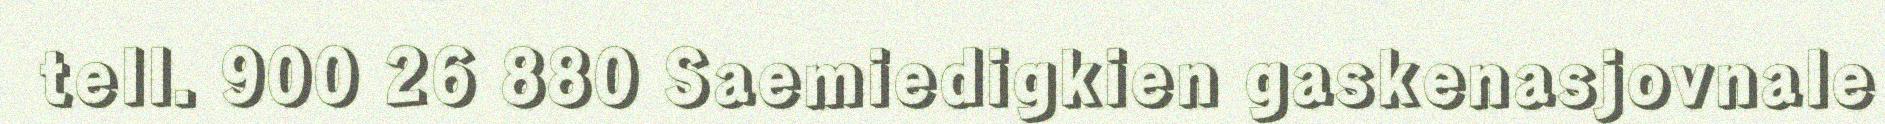
tell. 900 26 880 Saemiedigkien gaskenasjovnale